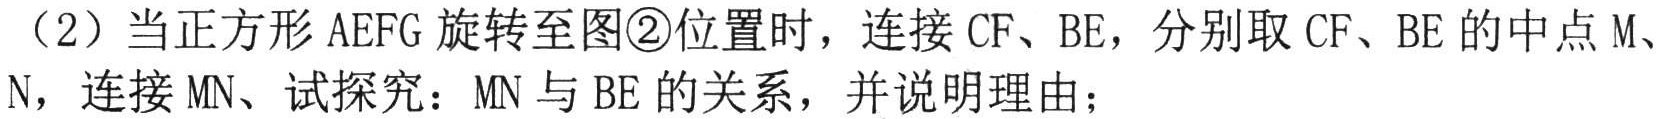
（2）当正方形\(AEFG\)旋转至图\textcircled{2}位置时，连接\(CF\)、\(BE\)，分别取\(CF\)、\(BE\)的中点\(M\)、\(N\)，连接\(MN\)、试探究：\(MN\)与\(BE\)的关系，并说明理由；